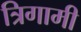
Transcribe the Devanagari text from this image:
त्रिगामी